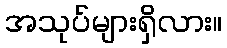
အသုပ်များရှိလား။